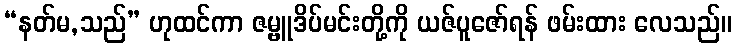
“နတ်မ,သည်” ဟုထင်ကာ ဇမ္ဗူဒိပ်မင်းတို့ကို ယဇ်ပူဇော်ရန် ဖမ်းထား လေသည်။